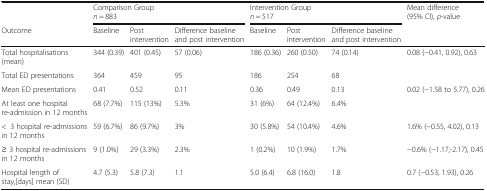
<table><thead><tr><td></td><td colspan="2"><b>Comparison Group <i>n</i> = 883</b></td><td></td><td colspan="2"><b>Intervention Group <i>n</i> = 517</b></td><td></td><td><b>Mean difference (95% CI), <i>p</i>-value</b></td></tr><tr><td><b>Outcome</b></td><td><b>Baseline</b></td><td><b>Post intervention</b></td><td><b>Difference baseline and post intervention</b></td><td><b>Baseline</b></td><td><b>Post intervention</b></td><td><b>Difference baseline and post intervention</b></td><td></td></tr></thead><tbody><tr><td>Total hospitalisations (mean)</td><td>344 (0.39)</td><td>401 (0.45)</td><td>57 (0.06)</td><td>186 (0.36)</td><td>260 (0.50)</td><td>74 (0.14)</td><td>0.08 (−0.41, 0.92), 0.63</td></tr><tr><td>Total ED presentations</td><td>364</td><td>459</td><td>95</td><td>186</td><td>254</td><td>68</td><td></td></tr><tr><td>Mean ED presentations</td><td>0.41</td><td>0.52</td><td>0.11</td><td>0.36</td><td>0.49</td><td>0.13</td><td>0.02 (−1.58 to 5.77), 0.26</td></tr><tr><td>At least one hospital re-admission in 12 months</td><td>68 (7.7%)</td><td>115 (13%)</td><td>5.3%</td><td>31 (6%)</td><td>64 (12.4%)</td><td>6.4%</td><td></td></tr><tr><td>&lt;3 hospital re-admissions in 12 months</td><td>59 (6.7%)</td><td>86 (9.7%)</td><td>3%</td><td>30 (5.8%)</td><td>54 (10.4%)</td><td>4.6%</td><td>1.6% (−0.55, 4.02), 0.13</td></tr><tr><td>≥ 3 hospital re-admissions in 12 months</td><td>9 (1.0%)</td><td>29 (3.3%)</td><td>2.3%</td><td>1 (0.2%)</td><td>10 (1.9%)</td><td>1.7%</td><td>−0.6% (−1.17,-2.17), 0.45</td></tr><tr><td>Hospital length of stay,[days] mean (SD)</td><td>4.7 (5.3)</td><td>5.8 (7.3)</td><td>1.1</td><td>5.0 (6.4)</td><td>6.8 (16.0)</td><td>1.8</td><td>0.7 (−0.53, 1.93), 0.26</td></tr></tbody></table>